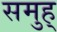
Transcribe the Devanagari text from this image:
समुह्